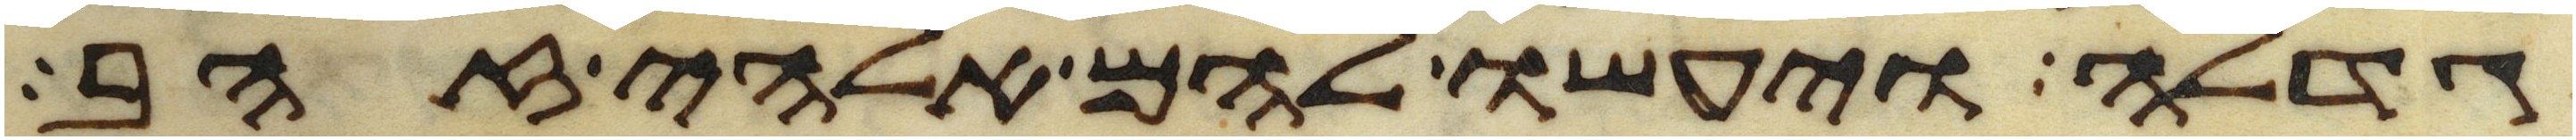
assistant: גדלה ויעשו להם אלהי זהב